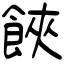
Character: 𩛩